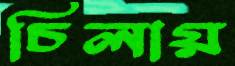
চিলায়